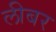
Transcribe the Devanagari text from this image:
लीबर